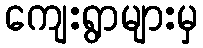
ကျေးရွာများမှ